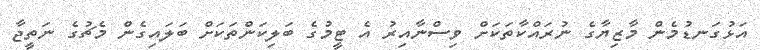
އަޅުގަނޑުމެން މާޒިޔާގެ ނުރައްކާތަކަށް ވިސްނާއިރު އެ ޓީމުގެ ބަލިކަންތަކަށް ބަލައިގެން މެޗުގެ ނަތީޖާ